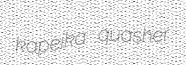
kapeika quasher